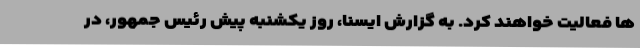
ها فعالیت خواهند کرد. به گزارش ایسنا، روز یکشنبه پیش رئیس جمهور، در